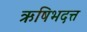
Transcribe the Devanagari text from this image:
ऋषिभदत्त